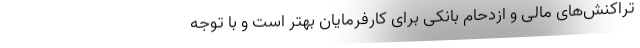
تراکنش‌های مالی و ازدحام بانکی برای کارفرمایان بهتر است و با توجه